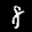
Label: 8